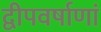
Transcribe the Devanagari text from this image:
द्वीपवर्षाणां